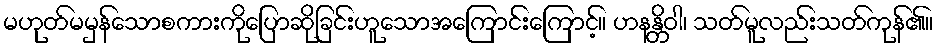
မဟုတ်မမှန်သောစကားကိုပြောဆိုခြင်းဟူသောအကြောင်းကြောင့်။ ဟနန္တိဝါ၊ သတ်မူလည်းသတ်ကုန်၏။